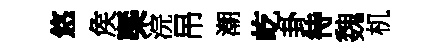
悠矦㮣浣吊潮屹卦待魏机